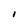
Character: I